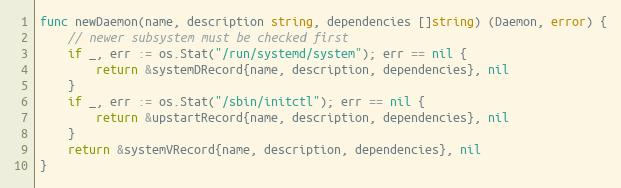
Language: Go
func newDaemon(name, description string, dependencies []string) (Daemon, error) {
	// newer subsystem must be checked first
	if _, err := os.Stat("/run/systemd/system"); err == nil {
		return &systemDRecord{name, description, dependencies}, nil
	}
	if _, err := os.Stat("/sbin/initctl"); err == nil {
		return &upstartRecord{name, description, dependencies}, nil
	}
	return &systemVRecord{name, description, dependencies}, nil
}